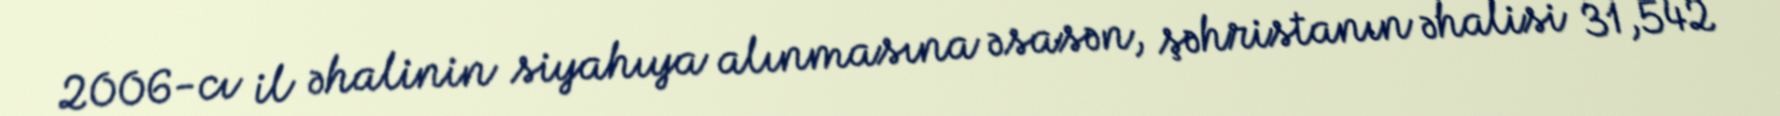
2006-cı il əhalinin siyahıya alınmasına əsasən, şəhristanın əhalisi 31,542